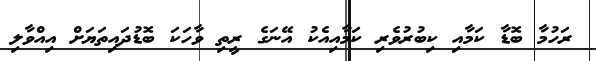
ރަހުމާ ބޮޑާ ކަމާއި ކިބުރުވެރި ކަމާއިއެކު އޭނަގެ ރީތި ވާހަކަ ބޮޑުދައިތަޔަށް އިއްވާލި